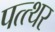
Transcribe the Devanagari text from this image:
पत्त्थर